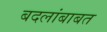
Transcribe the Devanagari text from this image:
बदलांबाबत